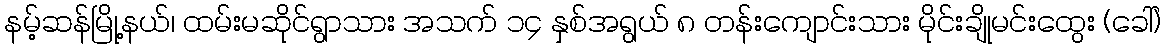
နမ့်ဆန်မြို့နယ်၊ ထမ်းမဆိုင်ရွာသား အသက် ၁၄ နှစ်အရွယ် ၈ တန်းကျောင်းသား မိုင်းချိုမင်းထွေး (ခေါ်)